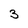
Character: 3